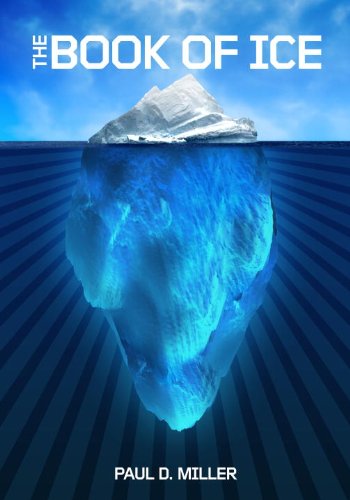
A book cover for Book of Ice; Paul D. Miller; Travel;